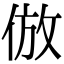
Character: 倣